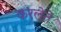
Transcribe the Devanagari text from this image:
करलेते